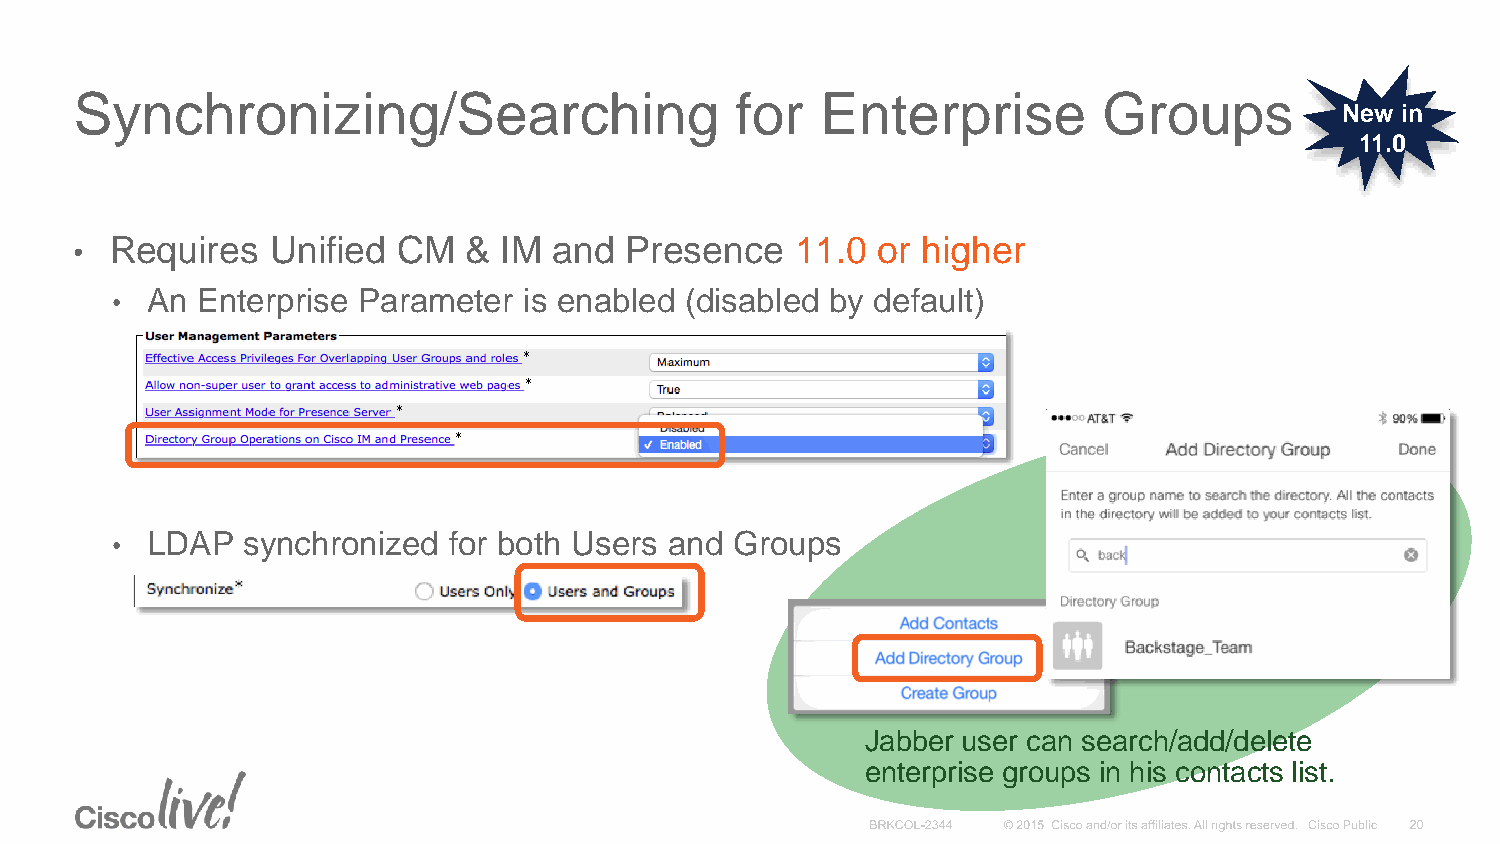
Synchronizing/Searching                     for  Enterprise         Groups
 New in
 11.0
 • Requires   Unified CM   & IM  and Presence    11.0 or higher
 •  An Enterprise Parameter  is enabled (disabled by default)
 •  LDAP  synchronized  for both Users and Groups
 Jabber user can search/add/delete
 enterprise groups in his contacts list.